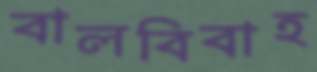
বালবিবাহ